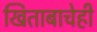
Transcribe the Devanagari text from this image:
खिताबाचेही